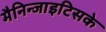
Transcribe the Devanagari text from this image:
मैनिन्जाइटिसके